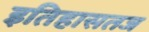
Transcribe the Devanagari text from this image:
इतिहासतज